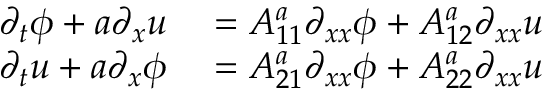
\begin{array} { r l } { \partial _ { t } \phi + a \partial _ { x } u } & { { } = A _ { 1 1 } ^ { a } \partial _ { x x } \phi + A _ { 1 2 } ^ { a } \partial _ { x x } u } \\ { \partial _ { t } u + a \partial _ { x } \phi } & { { } = A _ { 2 1 } ^ { a } \partial _ { x x } \phi + A _ { 2 2 } ^ { a } \partial _ { x x } u } \end{array}